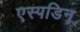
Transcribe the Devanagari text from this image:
एस्पडिन